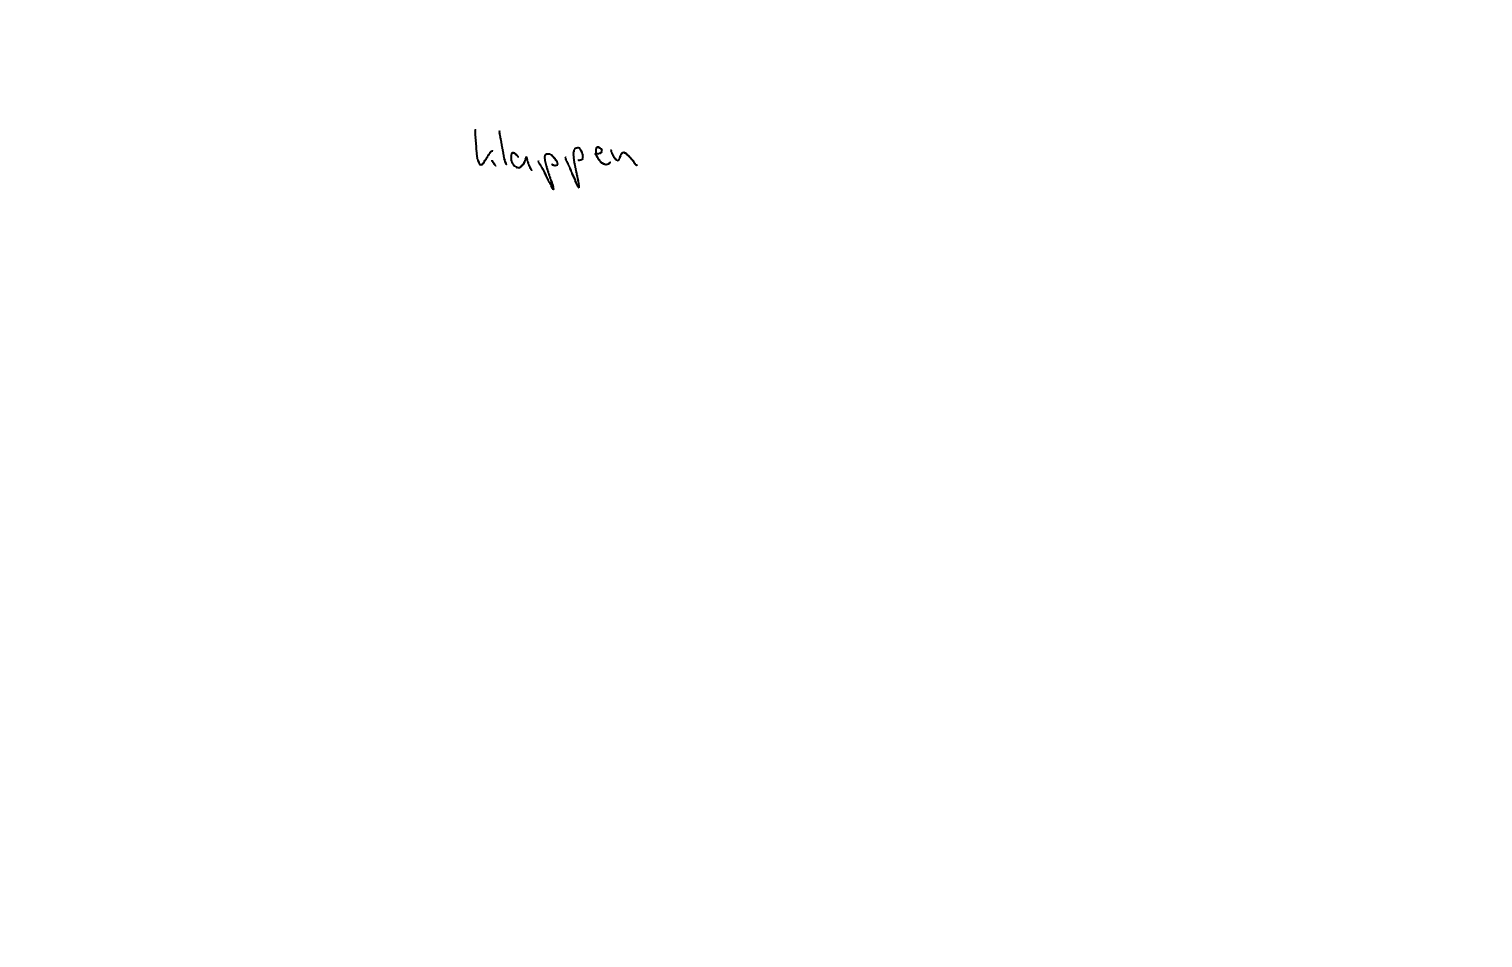
Text: klappen